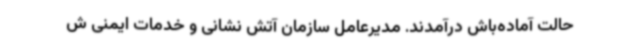
حالت آماده‌باش درآمدند. مدیرعامل سازمان آتش نشانی و خدمات ایمنی ش